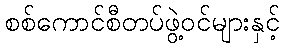
စစ်ကောင်စီတပ်ဖွဲ့ဝင်များနှင့်